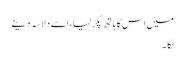
میں اس کا ہاتھ پکڑ لیا، اسے دلاسہ دینے
لگا ۔